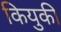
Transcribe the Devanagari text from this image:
कियुकी